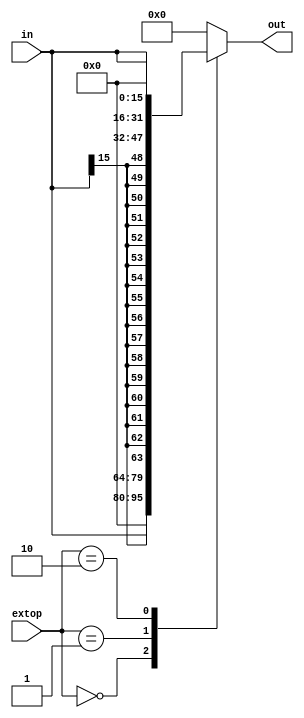
`timescale 1ns / 1ps
//////////////////////////////////////////////////////////////////////////////////
// Company: 
// Engineer: 
// 
// Design Name: 
// Module Name:    ext 
// Project Name: 
// Target Devices: 
// Tool versions: 
// Description: 
//
// Dependencies: 
//
// Revision: 
// Revision 0.01 - File Created
// Additional Comments: 
//
//////////////////////////////////////////////////////////////////////////////////
module ext(
	input [1:0] extop,
    input [15:0] in,
    output reg [31:0] out
    );
	 
	always @ (in, extop ) begin
		case(extop)
			2'b 00 : out <= {16'h 0000, in};
			2'b 01 : out <= {{16{in[15]}}, in}; 
			2'b 10 : out <= {in, 16'h 0000};
			default : out <= 32'b0;
		endcase
	end

endmodule